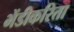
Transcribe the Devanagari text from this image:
भेंडीकरिता